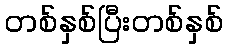
တစ်နှစ်ပြီးတစ်နှစ်